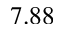
7 . 8 8